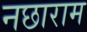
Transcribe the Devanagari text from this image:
नछाराम